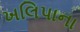
ખલિપાના